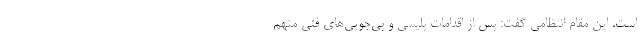
است. این مقام انتظامی گفت: پس از اقدامات پلیسی و پی‌جویی‌های فنی متهم